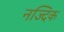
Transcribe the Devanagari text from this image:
नज्दिक